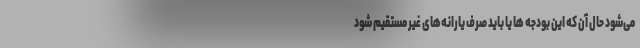
می‌شود حال آن که این بودجه ها یا باید صرف یارانه‌های غیر مستقیم شود